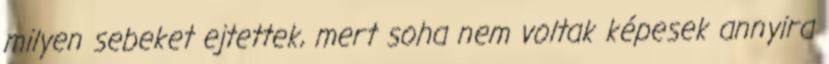
milyen sebeket ejtettek, mert soha nem voltak képesek annyira